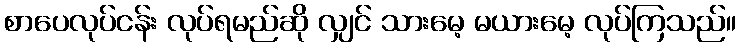
စာပေလုပ်ငန်း လုပ်ရမည်ဆို လျှင် သားမေ့ မယားမေ့ လုပ်ကြသည်။